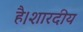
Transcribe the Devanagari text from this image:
है।शारदीय